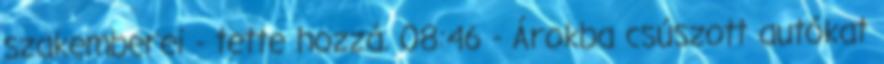
szakemberei - tette hozzá. 08:46 - Árokba csúszott autókat